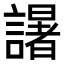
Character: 𮘼